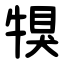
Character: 犑